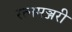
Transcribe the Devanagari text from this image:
रत्नमञ्जरी